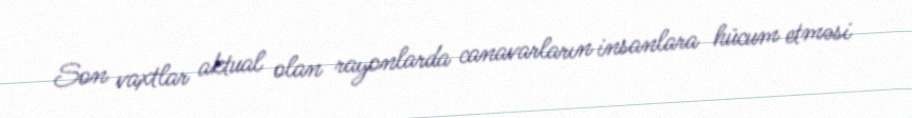
Son vaxtlar aktual olan rayonlarda canavarların insanlara hücum etməsi